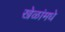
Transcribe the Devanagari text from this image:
खेळांमधे